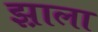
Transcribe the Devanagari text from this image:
झ़ाला